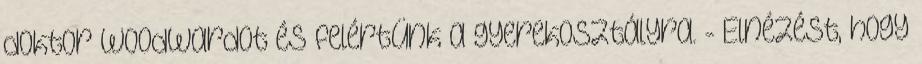
doktor Woodwardot és felértünk a gyerekosztályra. - Elnézést, hogy